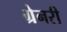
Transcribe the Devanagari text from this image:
ग्रेनरी